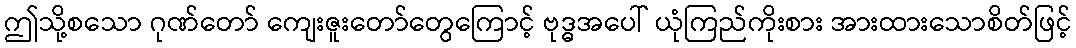
ဤသို့စသော ဂုဏ်တော် ကျေးဇူးတော်တွေကြောင့် ဗုဒ္ဓအပေါ် ယုံကြည်ကိုးစား အားထားသောစိတ်ဖြင့်